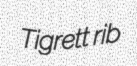
Tigrett rib